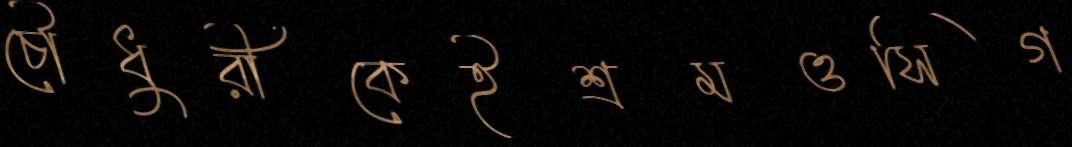
চৌধুরীকেইশ্রমওসিগ